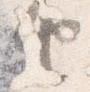
由